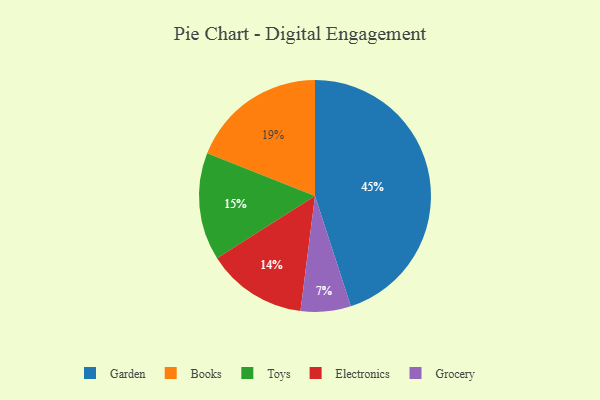
{"axis": {"x": "Category", "y": "Percentage"}, "legend": ["Books", "Electronics", "Garden", "Grocery", "Toys"], "data": [{"x": "Grocery", "y": 7, "type": "Grocery"}, {"x": "Garden", "y": 45, "type": "Garden"}, {"x": "Toys", "y": 15, "type": "Toys"}, {"x": "Books", "y": 19, "type": "Books"}, {"x": "Electronics", "y": 14, "type": "Electronics"}]}